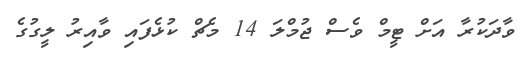
ވާދަކުރާ އަށް ޓީމް ވެސް ޖުމްލަ 14 މެޗް ކުޅެފައި ވާއިރު ލީގުގެ